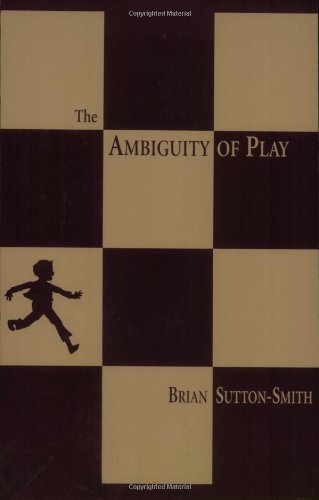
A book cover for The Ambiguity of Play; Brian Sutton-Smith; Medical Books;